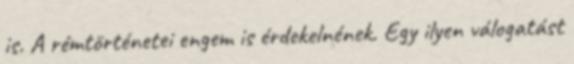
is. A rémtörténetei engem is érdekelnének. Egy ilyen válogatást